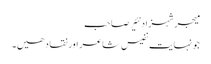
میجر شہزاد نئیر صاحب
جونہایت نفیس شاعر اور نقاد ھیں۔